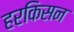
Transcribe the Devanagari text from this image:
हरकिसन